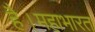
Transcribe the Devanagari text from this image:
है।महाभारत